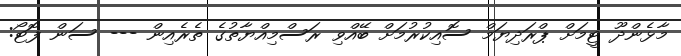
މާޅެންދޫ ޓީމަށް ޕްރަދިޔަމް ސޮއިކުރުމަށް ބޭއްވި ރަސްމިއްޔާތުގެ ތެރެއިން --- ސަން ފޮޓޯ: